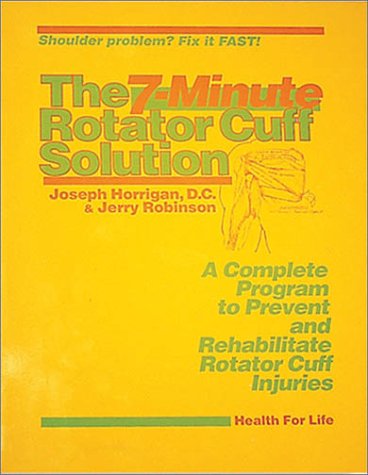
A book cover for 7 Minute Rotator Cuff Solution; Jerry Robinson; Health, Fitness & Dieting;